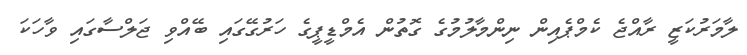
ލާމަރުކަޒީ ރާއްޖެ ކެމްޕެއިން ނިންމާލުމުގެ ގޮތުން އެމްޑީޕީގެ ހަރުގޭގައި ބޭއްވި ޖަލްސާގައި ވާހަކަ